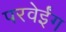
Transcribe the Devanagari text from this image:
परवेईंग